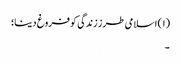
(۱) اسلامی طرز زندگی کو فروغ دینا؛
۔